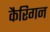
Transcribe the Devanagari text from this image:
कैरिगन